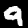
Label: 9